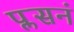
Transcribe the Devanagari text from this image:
प्लसनं